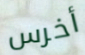
أخرس